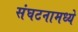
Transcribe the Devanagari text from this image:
संघटनामध्ये